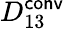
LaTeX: D_{13}^{\mathsf{conv}}